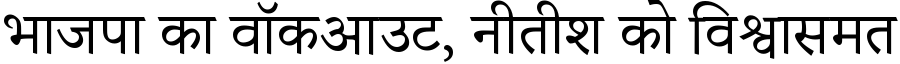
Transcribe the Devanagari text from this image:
भाजपा का वॉकआउट, नीतीश को विश्वासमत